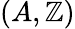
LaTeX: (A,\mathbb{Z})